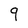
Character: q